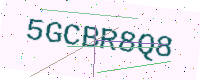
Text: 5GCBR8Q8